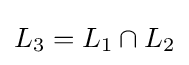
L_{3}=L_{1}\cap L_{2}